Code of medical and sanitary regulations for the guidance of medical officers serving in the Madras Presidency - Volume I
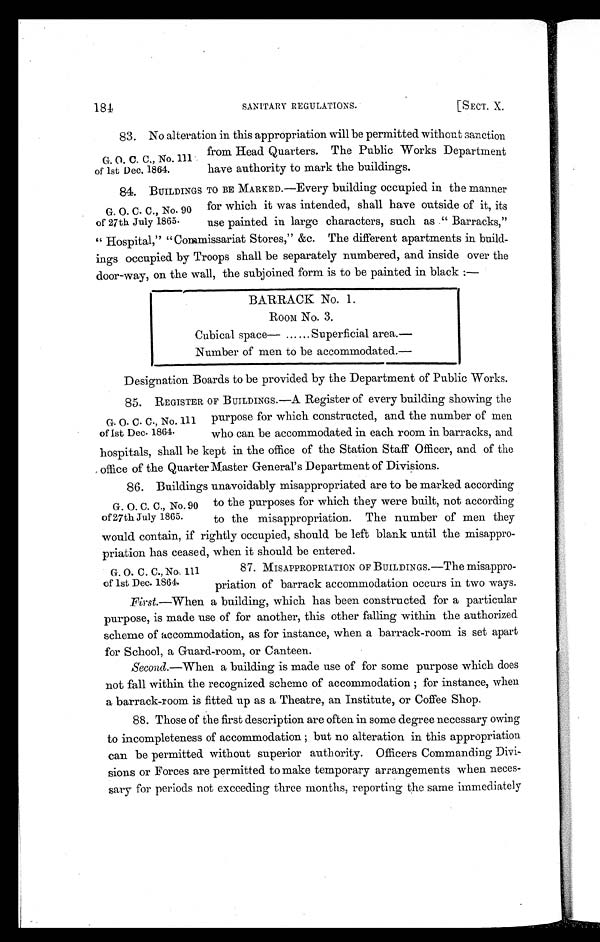
184
SANITARY REGULATIONS.
[SECT. X,
83. No alteration in this appropriation will be permitted without sanction
from Head Quarters. The Public Works Department
G.O. C. C„ No. 111
of 1st Dec, 1864.
have authority to mark the buildings.
84. BUILDINGS TO BE MARKED.—Every building occupied in the manner
G. O. C. C., No. 90 for which it was intended, shall have outside of it, its
of 27th July 1865.
use painted in large characters, such as " Barracks,"
Hospital," "Commissariat Stores," &c. The different apartments in build
-ings occupied by Troops shall be separately numbered, and inside over the
door-way, on the wall, the subjoined form is to be painted in black:—
BARRACK No. 1.
Room No. 3.
Cubical space— ... Superficial area.—
Number of men to be accommodated.—
Designation Boards to be provided by the Department of Public Works.
1. REGISTER OF BUILDINGS.—A Register of every building showing the
G. 0. C. C., No. 111 purpose for which constructed, and the number of men
of 1st Dec. 1864. who can be accommodated in each room in barracks, and
hospitals, shall be kept in the office of the Station Staff Officer, and of the
office of the Quarter Master General's Department of Divisions.
2. Buildings unavoidably misappropriated are to be marked according
G. 0. C. C., No. 90 to the purposes for which they were built, not according
of 27th July 1865. to the misappropriation. The number of men they
would contain, if rightly occupied, should be left blank until the misappro-
priation has ceased, when it should be entered.
G. 0. C. C., No.. ill
87. MISAPPROPRIATION OF BUILDINGS.—The misappro-
of 1st Dec. 1864.
priation of barrack accommodation occurs in two ways.
First.—When a building, which has been constructed for a particular
purpose, is made use of for another, this other falling within the authorized
scheme of accommodation, as for instance, when a barrack-room is set apart
for School, a Guard-room, or Canteen.
Second.—When a building is made use of for some purpose which does
not fall within the recognized scheme of accommodation; for instance, when
a barrack-room is fitted up as a Theatre, an Institute, or Coffee Shop.
88. Those of the first description are often in some degree necessary owing
to incompleteness of accommodation; but no alteration in this appropriation
can be permitted without superior authority. Officers Commanding Divi-
sions or Forces are permitted to make temporary arrangements when neces-
sary for periods not exceeding three months, reporting the same immediately